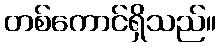
တစ်ကောင်ရှိသည်။